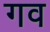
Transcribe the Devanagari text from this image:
गव